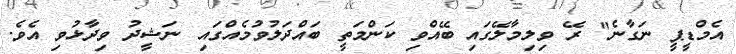
އެމްޑީޕީ ނަގާނެ" ރޭ ވިލިމާލޭގައި ބޭއްވި ކަންމަތީ ބައްދަލުވުމެއްގައި ނަޝީދު ވިދާޅުވި އެވެ.